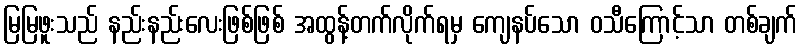
မြမြဖူးသည် နည်းနည်းလေးဖြစ်ဖြစ် အထွန့်တက်လိုက်ရမှ ကျေနပ်သော ဝသီကြောင့်သာ တစ်ချက်